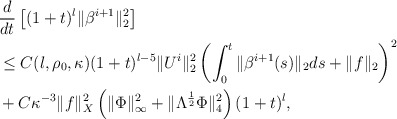
\begin{align*}&\frac{d}{dt}\left[(1+t)^l\|\beta^{i+1}\|_2^2\right]\\&\leq C(l,\rho_0,\kappa)(1+t)^{l-5}\|U^i\|_2^2\left(\int_0^t\|\beta^{i+1}(s)\|_2ds+\|f\|_2\right)^2\\&+C\kappa^{-3}\|f\|_X^2\left(\|\Phi\|_\infty^2+\|\Lambda^{\frac{1}{2}}\Phi\|_4^2\right)(1+t)^{l},\end{align*}